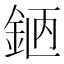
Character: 𨦖